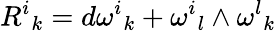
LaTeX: {{R}^{i}}_{k}=d{{\omega}^{i}}_{k}+{{\omega}^{i}}_{l}\wedge{{\omega}^{l}}_{k}